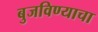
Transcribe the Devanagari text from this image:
बुजविण्याचा